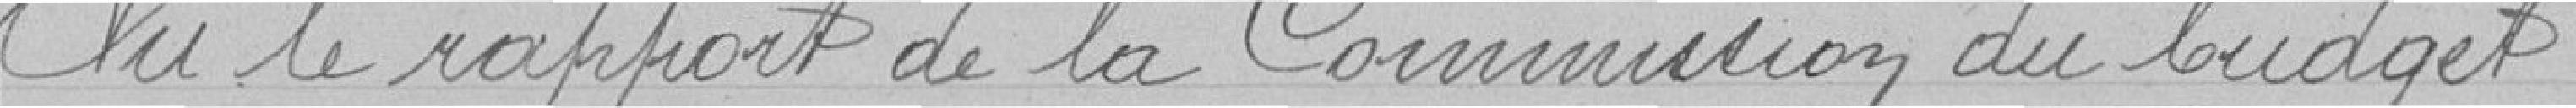
Vu le rapport de la Commission du budget